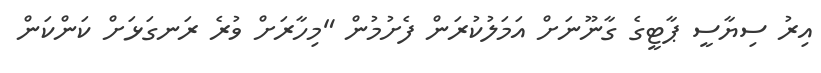
އިރު ސިޔާސީ ޕާޓީގެ ގާނޫނަށް އަމަލުކުރަން ފެށުމުން "މިހާރަށް ވުރެ ރަނގަޅަށް ކަންކަން